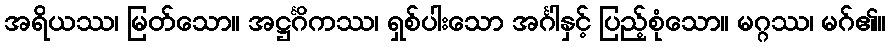
အရိယဿ၊ မြတ်သော။ အဋ္ဌင်္ဂိကဿ၊ ရှစ်ပါးသော အင်္ဂါနှင့် ပြည့်စုံသော။ မဂ္ဂဿ၊ မဂ်၏။